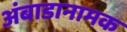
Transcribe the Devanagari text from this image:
अंबाडानामक